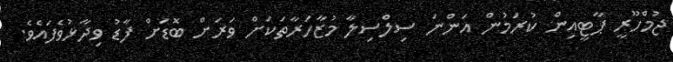
ޖުމްހޫރީ ޕާޓީއިން ކުރަމުން އަންނަ ސިލްސިލާ މުޒާހަރާތަކަށް ވަރަށް ބޮޑަށް ފާޑު ވިދާޅުވެފައެވެ.